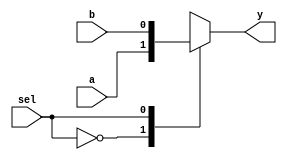
module mux2to1 (
    input wire a,       // Input A
    input wire b,       // Input B
    input wire sel,     // Selector
    output reg y        // Output
);

always @* begin
    case (sel)
        1'b0: y = a;     // If sel is 0, output A
        1'b1: y = b;     // If sel is 1, output B
        default: y = 1'bx; // Undefined state
    endcase
end

endmodule